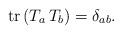
LaTeX: \begin{align*}{\rm tr}\,(T_a\, T_b) =\delta_{ab}.\end{align*}